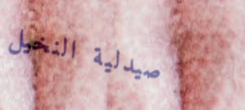
صيدلية النخيل